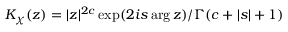
K _ { \chi } ( z ) = | z | ^ { 2 c } \exp ( 2 i s \arg z ) / \Gamma ( c + | s | + 1 )